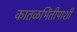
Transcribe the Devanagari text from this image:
कातळभिंतीपाशी